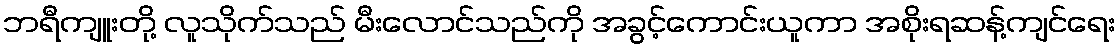
ဘရီကျူးတို့ လူသိုက်သည် မီးလောင်သည်ကို အခွင့်ကောင်းယူကာ အစိုးရဆန့်ကျင်ရေး